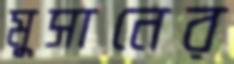
মুসানের